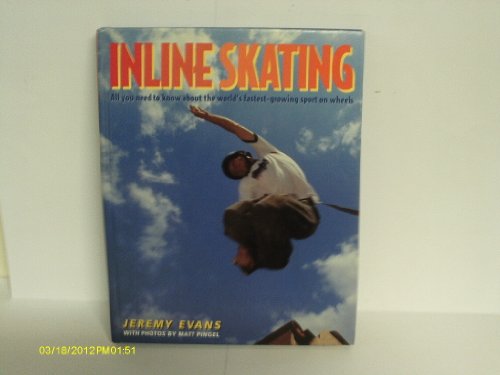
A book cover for Inline Skating All You Need to Know; Jeremy Evans; Sports & Outdoors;